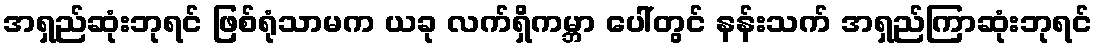
အရှည်ဆုံးဘုရင် ဖြစ်ရုံသာမက ယခု လက်ရှိကမ္ဘာ ပေါ်တွင် နန်းသက် အရှည်ကြာဆုံးဘုရင်